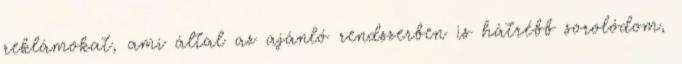
reklámokat, ami által az ajánló rendszerben is hátrébb sorolódom,